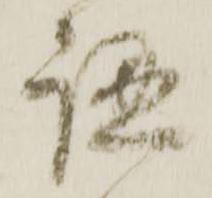
認